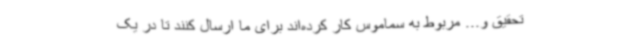
تحقیق و... مربوط به سماموس کار کرده‌اند برای ما ارسال کنند تا در یک